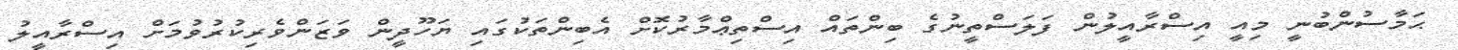
ޙަމާސުންބުނީ މިއީ އިސްރާއީލުން ފަލަސްތީނުގެ ބިންތައް އިސްތިޢްމާރުކޮށް އެބިންތަކުގައި ޔަހޫދީން ވަޒަންވެރިކުރުވުމަށް އިސްރާއީލު